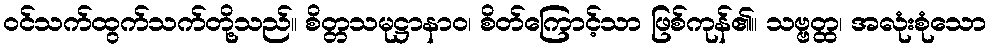
ဝင်သက်ထွက်သက်တို့သည်။ စိတ္တသမုဋ္ဌာနာဝ၊ စိတ်ကြောင့်သာ ဖြစ်ကုန်၏။ သဗ္ဗတ္ထ၊ အလုံးစုံသော